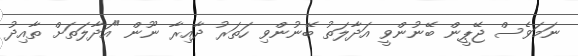
ނަމަވެސް ޖޭޕީން ބޭނުންވީ އަދާލަތު ބޭނުންވި ހަތަރު ދާއިރާ ނޫން "އަދާލަތަށް ތާއިދު